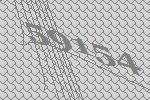
59154